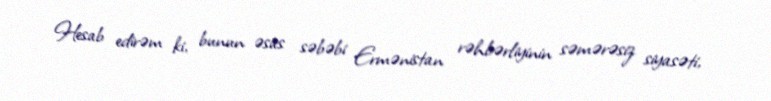
Hesab edirəm ki, bunun əsas səbəbi Ermənistan rəhbərliyinin səmərəsiz siyasəti,